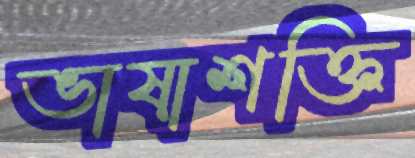
ভাষাশক্তি